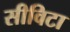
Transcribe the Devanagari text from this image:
सीविटा